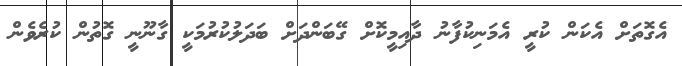
އެގޮތަށް އެކަން ކުރީ އެމަނިކުފާނު ދާއިމީކޮށް ގޭބަންދަށް ބަދަލުކުރުމަކީ ގާނޫނީ ގޮތުން ކުރެވެން